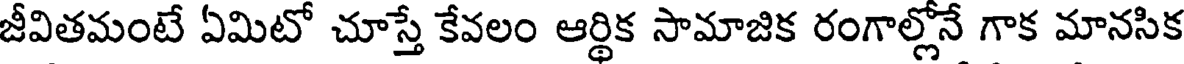
జీవితమంటే ఏమిటో చూస్తే కేవలం ఆర్థిక సామాజిక రంగాల్లోనే గాక మానసిక